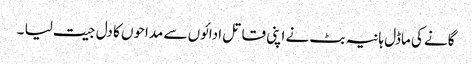
گانے کی ماڈل ہانیہ بٹ نے اپنی قاتل ادائوں سے مداحوں کا دل جیت لیا ۔